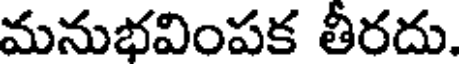
మనుభవింపక తీరదు.